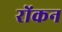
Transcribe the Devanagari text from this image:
रोंकन